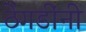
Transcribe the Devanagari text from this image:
ठेंगडींनी